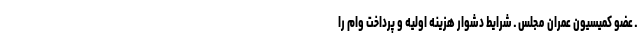
ـ عضو کمیسیون عمران مجلس ـ شرایط دشوار هزینه اولیه و پرداخت وام را